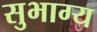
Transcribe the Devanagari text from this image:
सुभाग्य